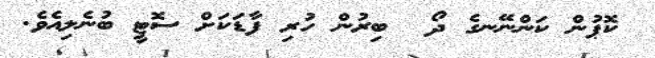
ކޮޕުން ކަންނޭނގެ ދޯ  ބިރުން ހުރި ފާޑަކަށް ސޮޓީ ބުނެލިއެވެ.